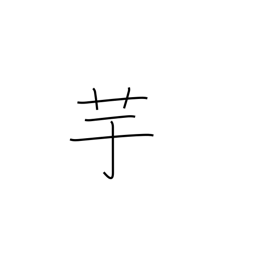
Meaning: potato